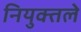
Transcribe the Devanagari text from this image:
नियुक्तले